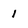
Character: l